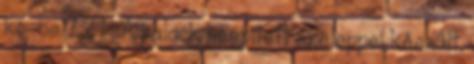
kg-os 7,2 l . A palack beépített szeleppel készült.